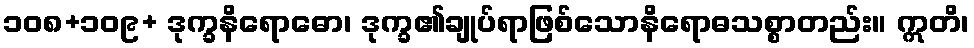
၁၀၈+၁၀၉+ ဒုက္ခနိရောဓော၊ ဒုက္ခ၏ချုပ်ရာဖြစ်သောနိရောဓသစ္စာတည်း။ ဣတိ၊